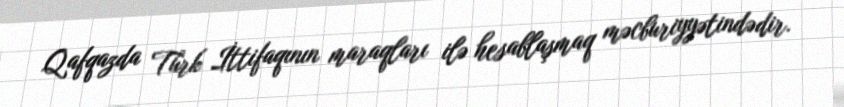
Qafqazda Türk İttifaqının maraqları ilə hesablaşmaq məcburiyyətindədir.